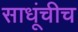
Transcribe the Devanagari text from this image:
साधूंचीच